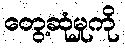
တွေ့ဆုံမှုကို